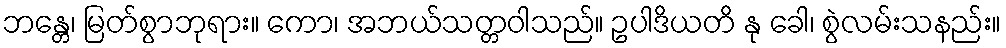
ဘန္တေ၊ မြတ်စွာဘုရား။ ကော၊ အဘယ်သတ္တဝါသည်။ ဥပါဒိယတိ နု ခေါ၊ စွဲလမ်းသနည်း။